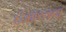
ઈમારતના